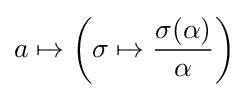
a\mapsto \left(\sigma \mapsto {\frac {\sigma (\alpha )}{\alpha }}\right)